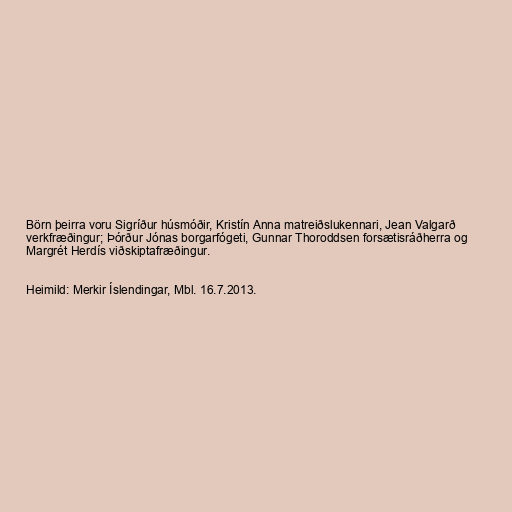
Börn þeirra voru Sigríður húsmóðir, Kristín Anna matreiðslukennari, Jean Valgarð
verkfræðingur; Þórður Jónas borgarfógeti, Gunnar Thoroddsen forsætisráðherra og
Margrét Herdís viðskiptafræðingur.

Heimild: Merkir Íslendingar, Mbl. 16.7.2013.